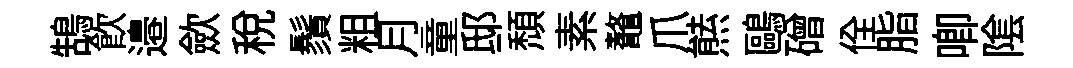
鵠飲邉歛税鬚粗月童邸頽素鼇爪㷱鷗磳佺脂唧隂